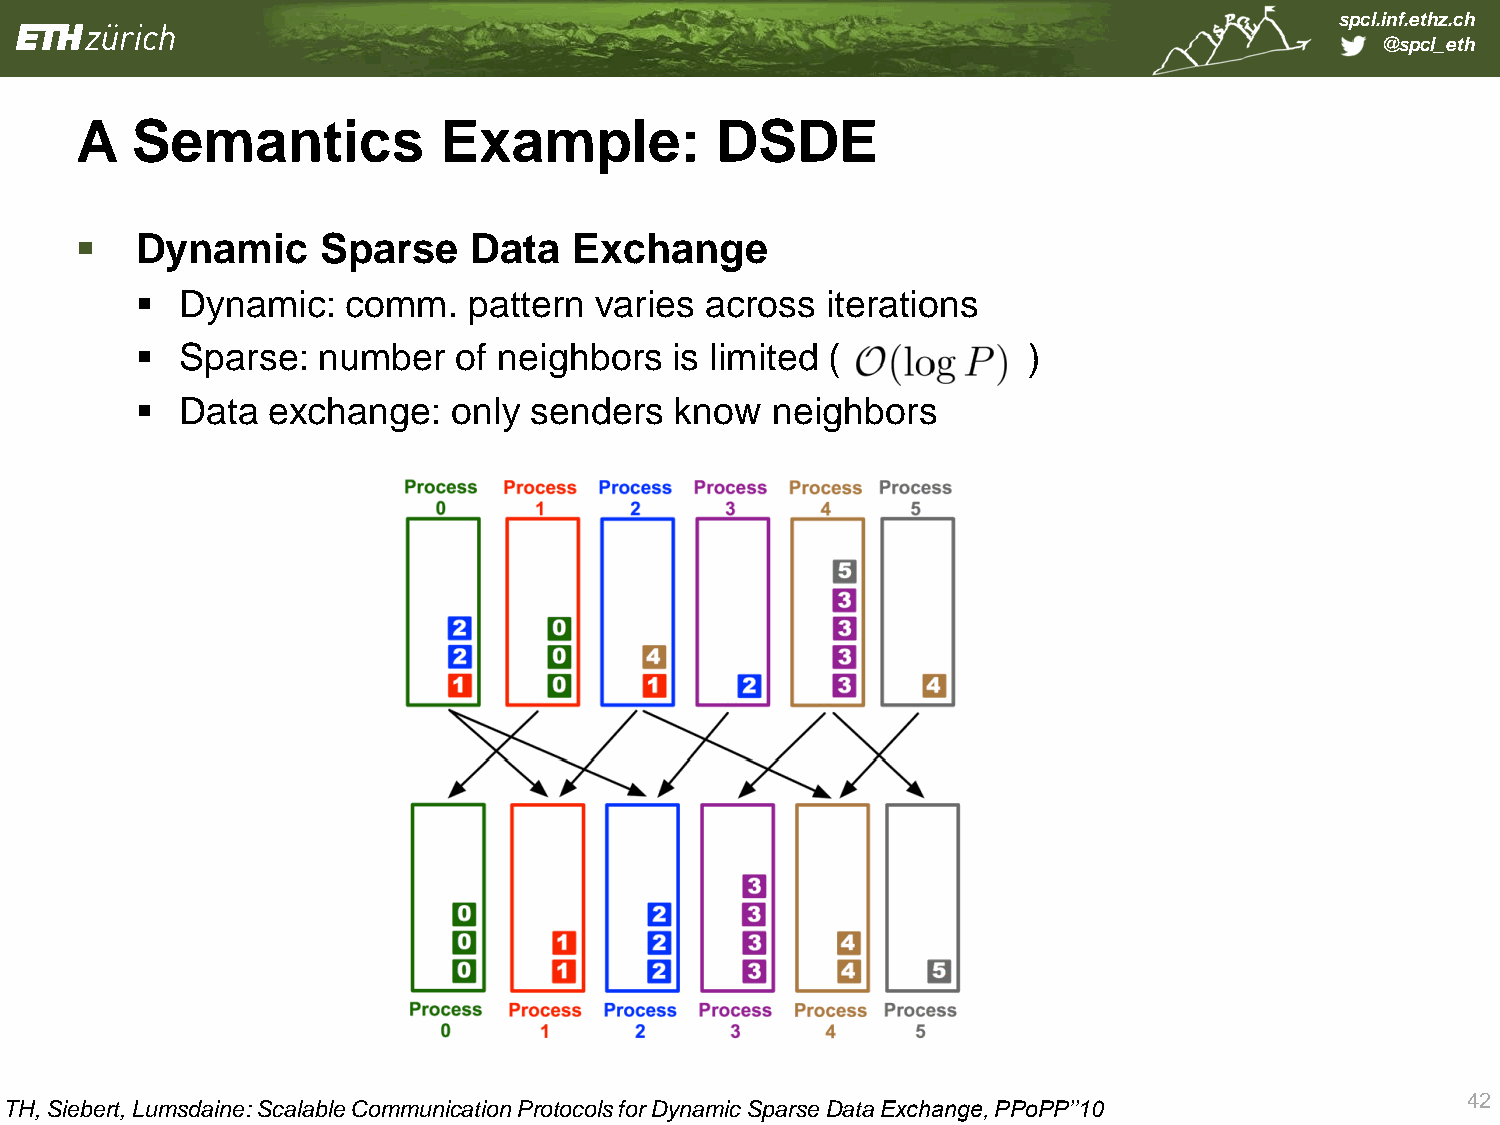
spcl.inf.ethz.ch
 @spcl_eth
 A   Semantics           Example:          DSDE
    Dynamic     Sparse    Data   Exchange
   Dynamic:   comm.   pattern varies  across  iterations
   Sparse:  number   of neighbors  is limited (            )
   Data  exchange:   only senders   know  neighbors
 42
 TH, Siebert, Lumsdaine: Scalable Communication Protocols for Dynamic Sparse Data Exchange, PPoPP’’10